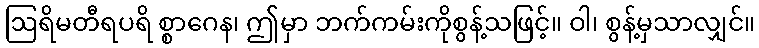
ဩရိမတီရပရိ စ္စာဂေန၊ ဤမှာ ဘက်ကမ်းကိုစွန့်သဖြင့်။ ဝါ၊ စွန့်မှသာလျှင်။